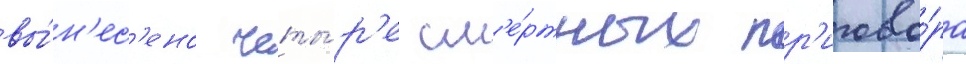
вы́н'ес'ено четы́р'е см'е́ртных пр'игово́ра